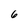
Character: 6